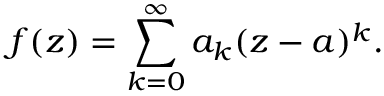
f ( z ) = \sum _ { k = 0 } ^ { \infty } a _ { k } ( z - a ) ^ { k } .